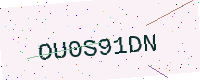
Text: OU0S91DN